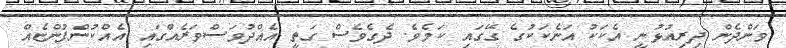
ވަންދެން ދިރިއުޅުނީ އެކަކު އަނެކަކުގެ ގޭގައި ކަމެވެ. ދެގެވެސް ގަތީ އެއްދުވަސްވަރެއްގައި އެއްކުންފުންޏެއް